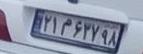
۲۱م۶۳۷۹۸